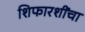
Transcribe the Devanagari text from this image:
शिफारशींचा